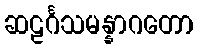
ဆဠင်္ဂသမန္နာဂတော